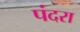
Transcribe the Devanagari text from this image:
पंदरा